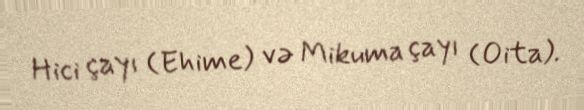
Hici çayı (Ehime) və Mikuma çayı (Oita).